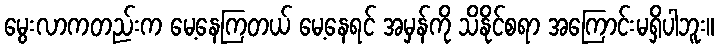
မွေးလာကတည်းက မေ့နေကြတယ် မေ့နေရင် အမှန်ကို သိနိုင်စရာ အကြောင်းမရှိပါဘူး။